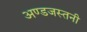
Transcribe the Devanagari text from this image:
अण्डजस्तनी